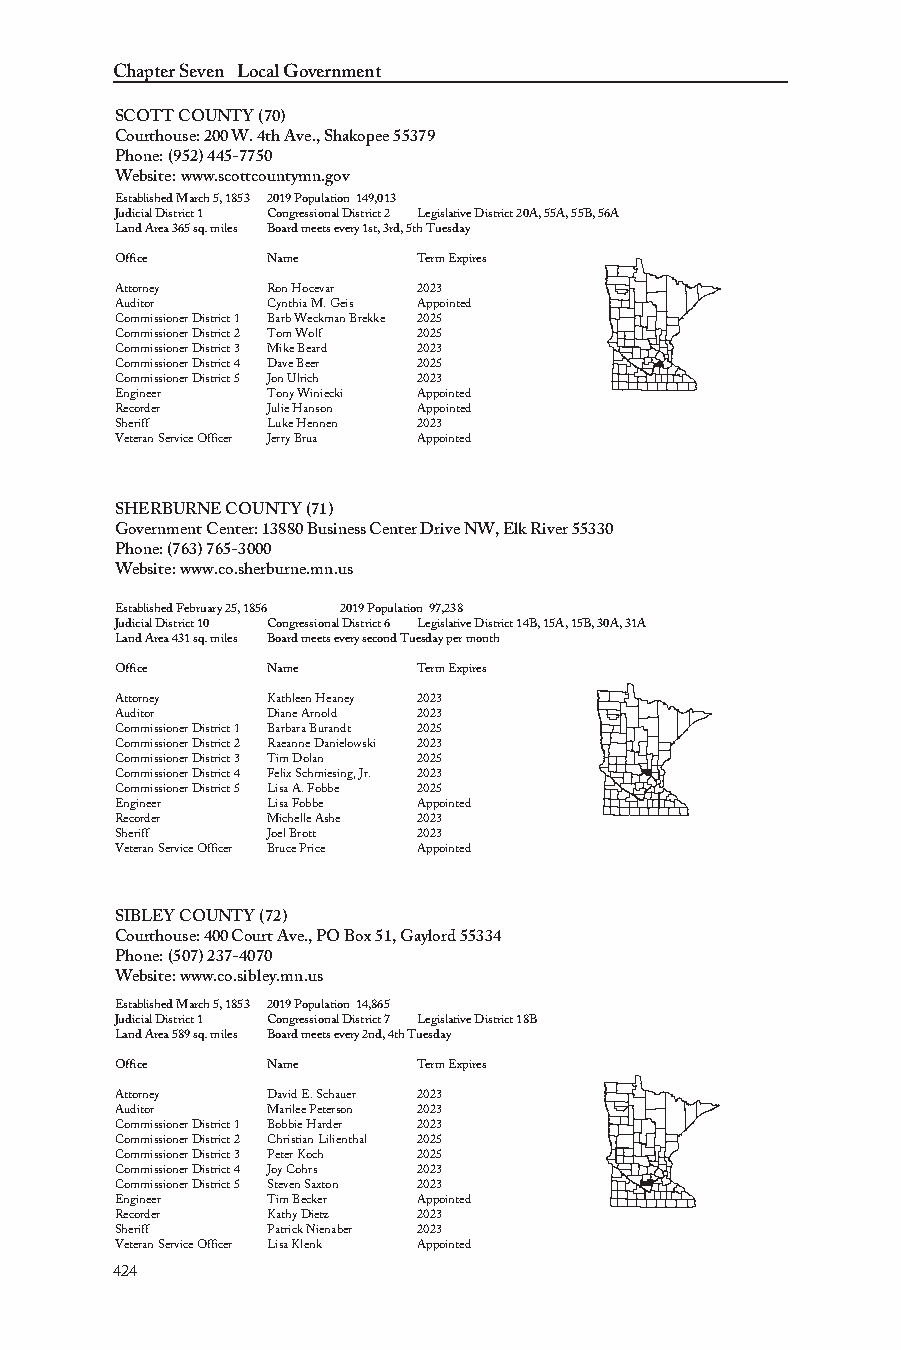
Chapter Seven Local Government
 SCOTT COUNTY (70)
 Courthouse: 200 W. 4th Ave., Shakopee 55379
 Phone: (952) 445-7750
 Website: www.scottcountymn.gov
 Established March 5, 1853 2019 Population 149,013
 Judicial District 1 Congressional District 2 Legislative District 20A, 55A, 55B, 56A
 Land Area 365 sq. miles Board meets every 1st, 3rd, 5th Tuesday
 Office    Name      Term Expires
 Attorney  Ron Hocevar 2023
 Auditor   Cynthia M. Geis Appointed
 Commissioner District 1 Barb Weckman Brekke 2025
 Commissioner District 2 Tom Wolf 2025
 Commissioner District 3 Mike Beard 2023
 Commissioner District 4 Dave Beer 2025
 Commissioner District 5 Jon Ulrich 2023
 Engineer  Tony Winiecki Appointed
 Recorder  Julie Hanson Appointed
 Sheriff   Luke Hennen 2023
 Veteran Service Officer Jerry Brua Appointed
 SHERBURNE COUNTY (71)
 Government Center: 13880 Business Center Drive NW, Elk River 55330
 Phone: (763) 765-3000
 Website: www.co.sherburne.mn.us
 Established February 25, 1856 2019 Population 97,238
 Judicial District 10 Congressional District 6 Legislative District 14B, 15A, 15B, 30A, 31A
 Land Area 431 sq. miles Board meets every second Tuesday per month
 Office    Name      Term Expires
 Attorney  Kathleen Heaney 2023
 Auditor   Diane Arnold 2023
 Commissioner District 1 Barbara Burandt 2025
 Commissioner District 2 Raeanne Danielowski 2023
 Commissioner District 3 Tim Dolan 2025
 Commissioner District 4 Felix Schmiesing, Jr. 2023
 Commissioner District 5 Lisa A. Fobbe 2025
 Engineer  Lisa Fobbe Appointed
 Recorder  Michelle Ashe 2023
 Sheriff   Joel Brott 2023
 Veteran Service Officer Bruce Price Appointed
 SIBLEY COUNTY (72)
 Courthouse: 400 Court Ave., PO Box 51, Gaylord 55334
 Phone: (507) 237-4070
 Website: www.co.sibley.mn.us
 Established March 5, 1853 2019 Population 14,865
 Judicial District 1 Congressional District 7 Legislative District 18B
 Land Area 589 sq. miles Board meets every 2nd, 4th Tuesday
 Office    Name      Term Expires
 Attorney  David E. Schauer 2023
 Auditor   Marilee Peterson 2023
 Commissioner District 1 Bobbie Harder 2023
 Commissioner District 2 Christian Lilienthal 2025
 Commissioner District 3 Peter Koch 2025
 Commissioner District 4 Joy Cohrs 2023
 Commissioner District 5 Steven Saxton 2023
 Engineer  Tim Becker Appointed
 Recorder  Kathy Dietz 2023
 Sheriff   Patrick Nienaber 2023
 Veteran Service Officer Lisa Klenk Appointed
 424